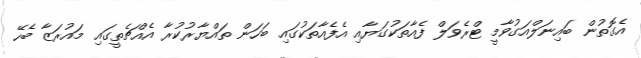
އެގޮތުން ބައިނަލްއަގުވާމީ ޓްރެވަލް ފެއާތަކުގަޔާއި އެފެއާތަކުގައި ބަހަން ތައްޔާރުކުރާ އެއްޗެތީގައި މައުރަޒާ ބެހޭ